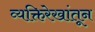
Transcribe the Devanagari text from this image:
व्यक्तिरेखांतून